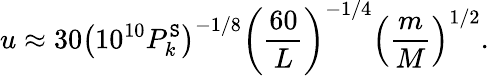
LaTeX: u\approx30\left(10^{10}P_{k}^{\mathtt{S}}\right)^{-1/8}\left({\frac{{60}}{{L}}}\right)^{-1/4}\left({\frac{{m}}{{M}}}\right)^{1/2}.